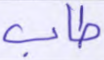
طاب